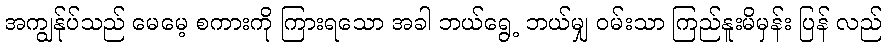
အကျွန်ုပ်သည် မေမေ့ စကားကို ကြားရသော အခါ ဘယ်ရွေ့ ဘယ်မျှ ဝမ်းသာ ကြည်နူးမိမှန်း ပြန် လည်